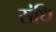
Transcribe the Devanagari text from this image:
संधि